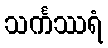
သင်္ကဿရံ